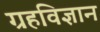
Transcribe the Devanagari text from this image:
ग्रहविज्ञान